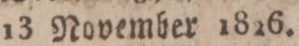
13 November 1826.